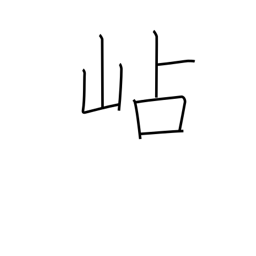
Meaning: mountain